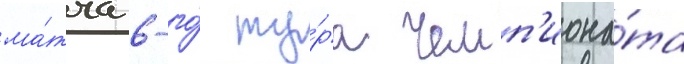
ма́тча 6-го́ ту́ра чемп'иона́та